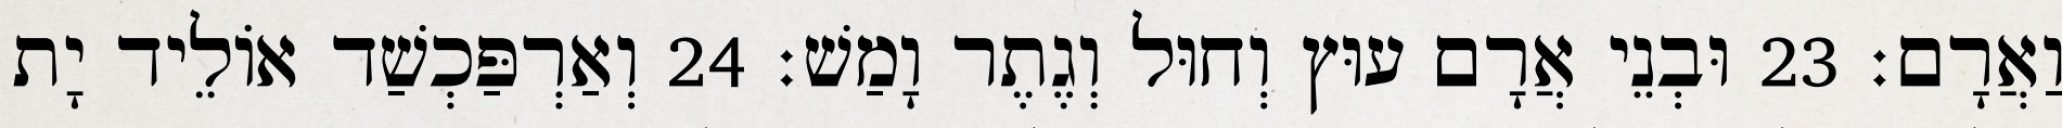
וַאֲרָם׃ 23 וּבְנֵי אֲרָם עוּץ וְחוּל וְגֶתֶר וָמַשׁ׃ 24 וְאַרְפַּכְשַׁד אוֹלֵיד יָת